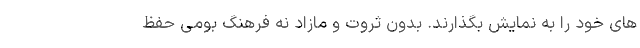
­های خود را به نمایش بگذارند. بدون ثروت و مازاد نه فرهنگِ بومی حفظ